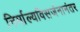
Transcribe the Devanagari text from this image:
निर्माल्यविसर्जनानंतर